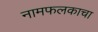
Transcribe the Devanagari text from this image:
नामफलकाचा